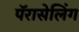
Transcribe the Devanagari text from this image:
पॅरासेलिंग